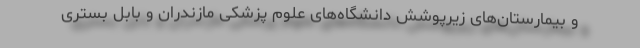
و بیمارستان‌های زیرپوشش دانشگاه‌های علوم پزشکی مازندران و بابل بستری